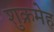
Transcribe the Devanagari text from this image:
शुक्रमेह